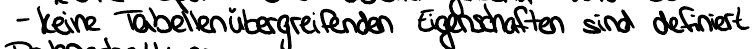
- keine Tabellenübergreifenden Eigenschaften sind definiert